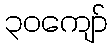
၃၀ကျော်